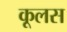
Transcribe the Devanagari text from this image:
कूलस